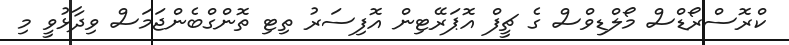
ކްރޮސްރޯޑްސް މޯލްޑިވްސް ގެ ޗީފް އޮޕަރޭޓިން އޮފިސަރު ތިޓި ތޮންގްބެންޖަމަސް ވިދާޅުވީ މި